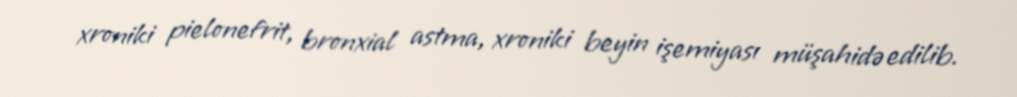
xroniki pielonefrit, bronxial astma, xroniki beyin işemiyası müşahidə edilib.